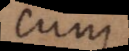
cum